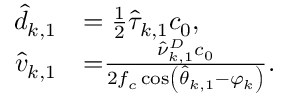
\begin{array} { r l } { { { \hat { d } } _ { k , 1 } } } & { = \frac { 1 } { 2 } { { \hat { \tau } } _ { k , 1 } } { c _ { 0 } } , } \\ { { { \hat { v } } _ { k , 1 } } } & { \mathrm { { = } } \frac { { \hat { \nu } _ { k , 1 } ^ { D } { c _ { 0 } } } } { { 2 { f _ { c } } \cos \left( { { { \hat { \theta } } _ { k , 1 } } - \varphi _ { k } } \right) } } . } \end{array}